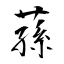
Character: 蓀